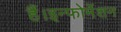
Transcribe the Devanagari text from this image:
हैं।इन्फोर्मेशन